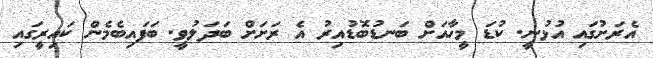
އެރަށުގައި އުޅުނީ. ކުޑަ މީހާއަށް ބަނޑުބޮޑުއިރު އެ ރަށަށް ބަދަލުވީ. ބަފައިބެމެން ކައިރީގައި